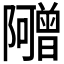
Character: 𬯣